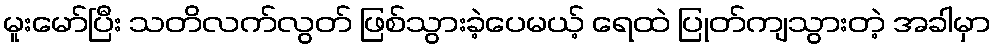
မူးမော်ပြီး သတိလက်လွတ် ဖြစ်သွားခဲ့ပေမယ့် ရေထဲ ပြုတ်ကျသွားတဲ့ အခါမှာ